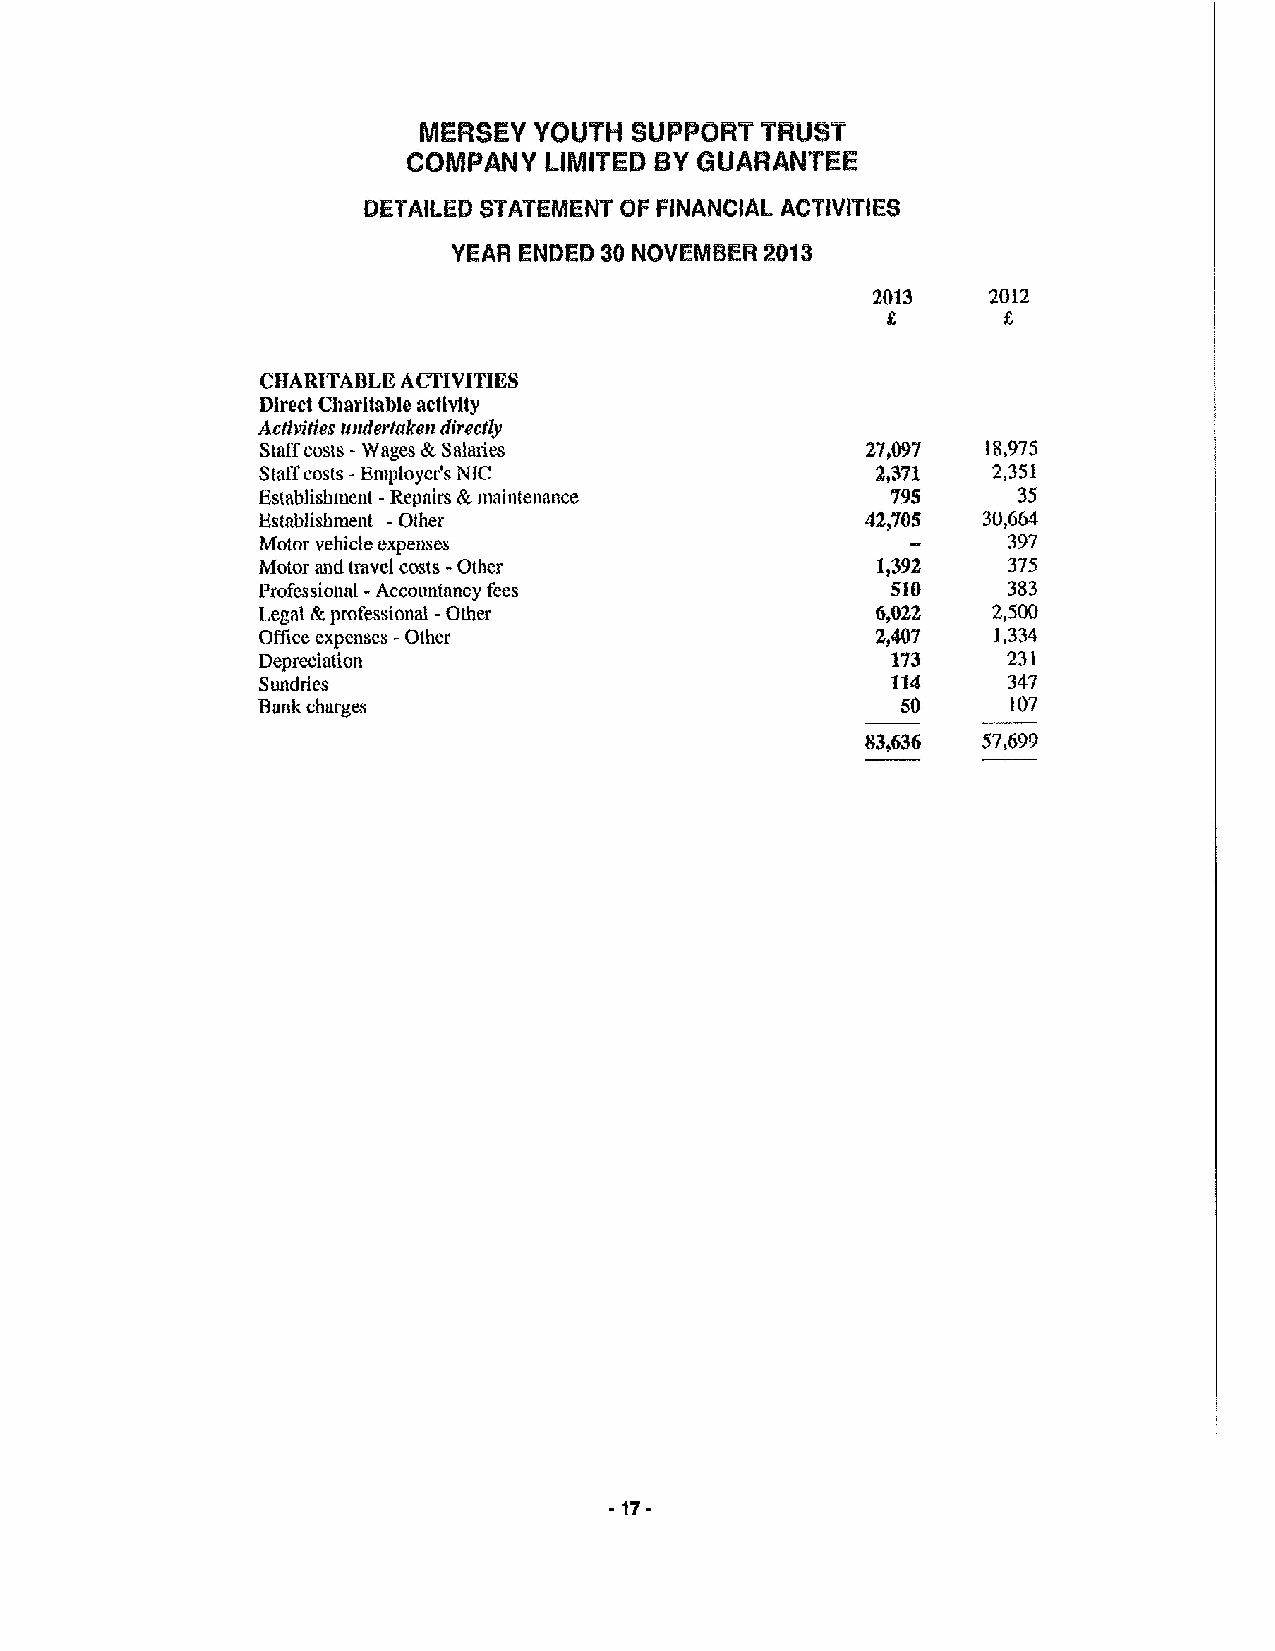
MERSEY YOUTH  SUPPORT TRUST
 COMPM   Y LIMITED BYGUARANTEE
 DETAILED STATEMENT OF FINANCIAL ACTIVITIES
 YEAR ENDED 30 NOVEMBER %13
 2013    2012
 CHARITABLE ACTIVITIES
 Direct Chttrltable activity
 Activities (tndertttken directly
 Staffcosts -Wages &Salines              27,097  18,975
 Staff' costs -Employer's Mc              2,371   2,351
 Establishment -Repairs &inaintenance      795     35
 Estabiishment -Other                    42,705  30,664
 Motor vehicle expenses                            397
 Motor and travel costs -Other            1,392    375
 Professional -Accountancy fees            SI0     383
 Legal &professional -Other               6,022   2,500
 Office expenses -Other                   2,407   1,334
 Depro:iation                              173     231
 Sundries                                  114     347
 Bank charges                               50     107
 83,636  57,699